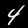
Digit: 4